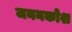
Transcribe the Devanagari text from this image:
जननकोश